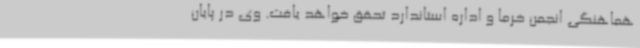
هماهنگی انجمن خرما و اداره استاندارد تحقق خواهد یافت. وی در پایان